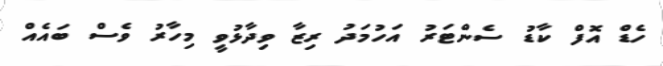
ހެޑް އޮފް ކާޑު ސެންޓަރު އަހުމަދު ރިޒާ ވިދާޅުވީ މިހާރު ވެސް ބައެއް